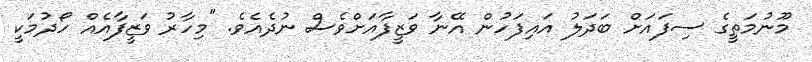
މޫނުމަތީގެ ސިފައަށް ބަދަލު އައިފަހުން އޭނާ ވަޒީފާއަށްވެސް ނުދެއެވެ. "މިހާރު ވަޒީފާއެއް ހޯދުމަކީ